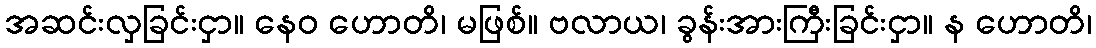
အဆင်းလှခြင်းငှာ။ နေဝ ဟောတိ၊ မဖြစ်။ ဗလာယ၊ ခွန်းအားကြီးခြင်းငှာ။ န ဟောတိ၊